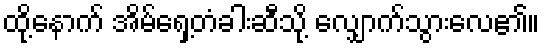
ထို့နောက် အိမ်ရှေ့တံခါးဆီသို့ လျှောက်သွားလေ၏။